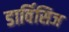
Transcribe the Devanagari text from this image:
डार्विसिज